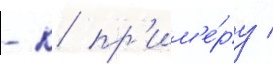
- к пр'им'е́ру /